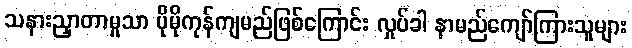
သနားညှာတာမှုသာ ပိုမိုကုန်ကျမည်ဖြစ်ကြောင်း လှုပ်ခါ နာမည်ကျော်ကြားသူများ